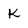
Character: K